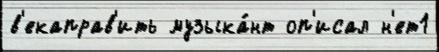
в'екаправ'ить музыка́нт оп'исал н'ет1